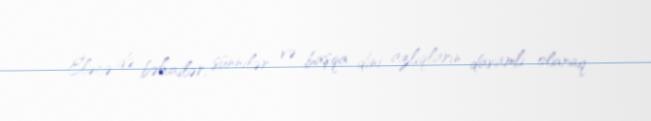
Eləcə də bəhailər, sünnilər və başqa dini azlıqların davamlı olaraq